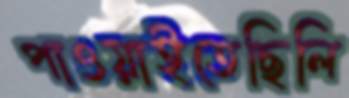
পাওয়াইতেছিলি